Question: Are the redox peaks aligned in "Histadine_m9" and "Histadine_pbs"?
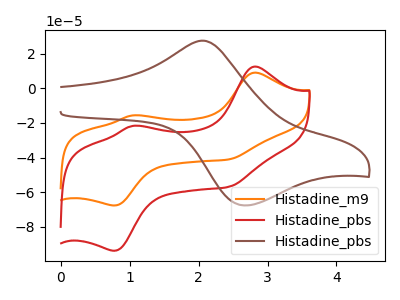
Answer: <think>The orange curve "Histadine_m9" has anodic peaks at (2.80V, 9.05uA) (1.05V, -15.65uA) and cathodic peaks at (0.80V, -67.60uA) (2.45V, -41.00uA). The red curve "Histadine_pbs" has anodic peaks at (2.80V, 12.55uA) (1.05V, -21.70uA) and cathodic peaks at (0.80V, -93.70uA) (2.45V, -56.80uA). The brown curve "Histadine_pbs" has an anodic peak at (2.05V, 27.45uA) and a cathodic peak at (2.70V, -67.55uA).</think>
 <answer>Yes, "Histadine_m9" have a peak in "Histadine_pbs" at the same potential.</answer>
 <eval>match</eval>